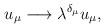
LaTeX: \begin{align*}u_{\mu }\longrightarrow \lambda ^{\delta _{\mu }}u_{\mu },\end{align*}